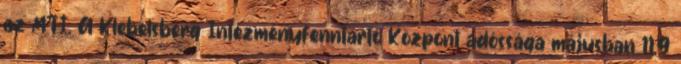
az MTI. A Klebelsberg Intézményfenntartó Központ adóssága májusban 11,9